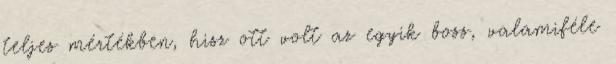
teljes mértékben, hisz ott volt az egyik boss, valamiféle